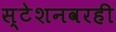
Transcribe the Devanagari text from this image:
स्टेशनवरही